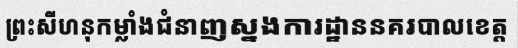
ព្រះសីហនុកម្លាំងជំនាញស្នងការដ្ឋាននគរបាលខេត្ត